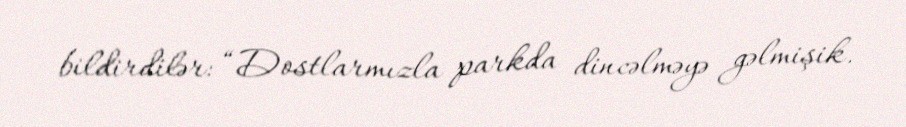
bildirdilər: “Dostlarmızla parkda dincəlməyə gəlmişik.